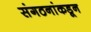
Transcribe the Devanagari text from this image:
संगठनांकडून